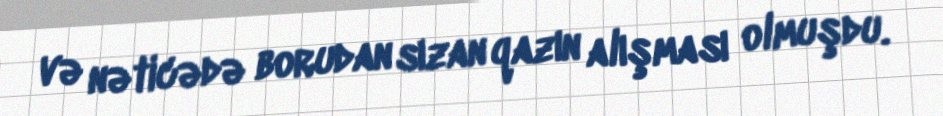
və nəticədə borudan sızan qazın alışması olmuşdu.